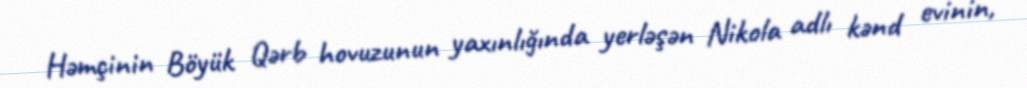
Həmçinin Böyük Qərb hovuzunun yaxınlığında yerləşən Nikola adlı kənd evinin,